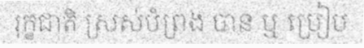
រុក្ខជាតិ ស្រស់បំព្រង បាន ឬ ប្រៀប